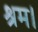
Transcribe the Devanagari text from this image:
श्रम।